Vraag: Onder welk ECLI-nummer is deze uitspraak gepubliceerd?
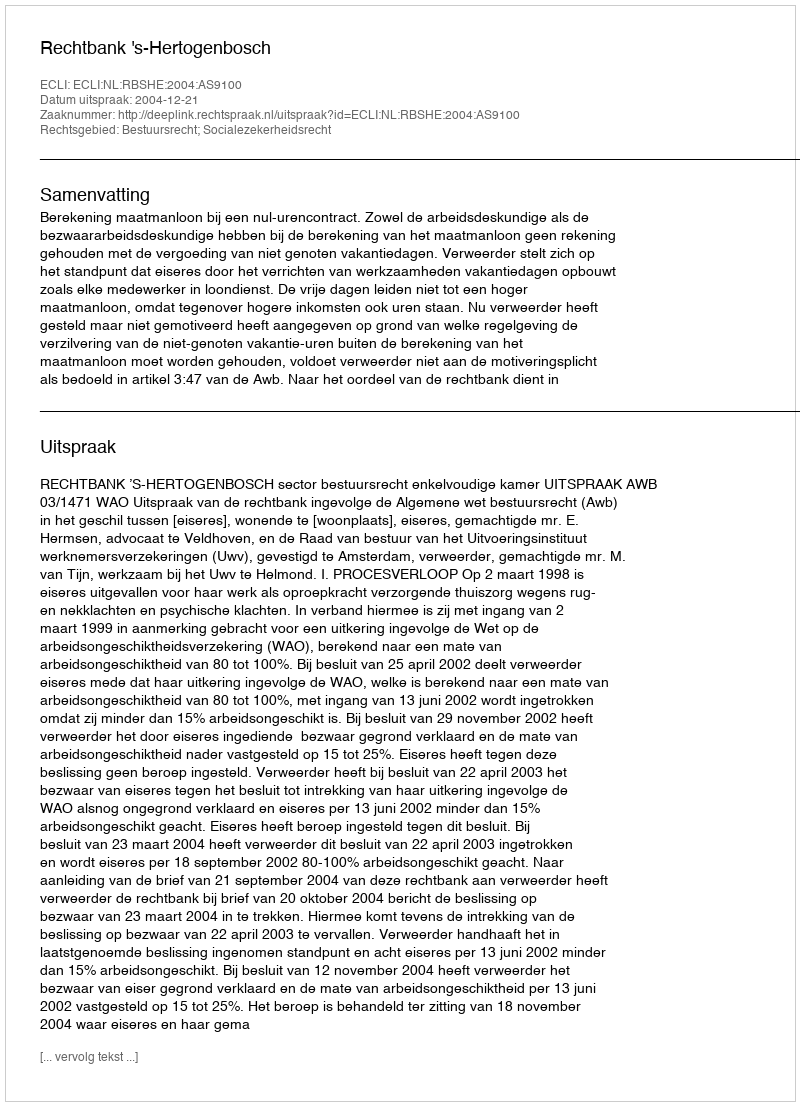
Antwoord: ECLI:NL:RBSHE:2004:AS9100